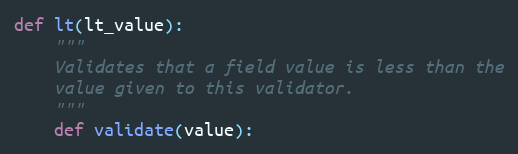
Language: Python
def lt(lt_value):
    """
    Validates that a field value is less than the
    value given to this validator.
    """
    def validate(value):